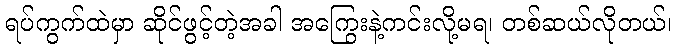
ရပ်ကွက်ထဲမှာ ဆိုင်ဖွင့်တဲ့အခါ အကြွေးနဲ့ကင်းလို့မရ၊ တစ်ဆယ်လိုတယ်၊